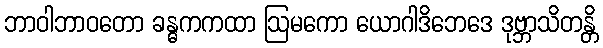
ဘာဝါဘာဝတော ခန္ဓကကထာ ဩမကော ယောဂါဒိဘေဒေ ဒုဗ္ဘာသိတန္တိ